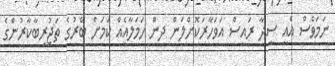
ނަމަވެސް އެއީ ސީދާ ރައީސް އަވަހާރަކޮށްލަން ދިން ހަމަލާއެއް ކަމަށް ބޭރުގެ ތަޖުރިބާކާރުންގެ